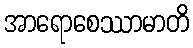
အာရောစေဿာမာတိ